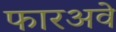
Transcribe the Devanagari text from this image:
फारअवे